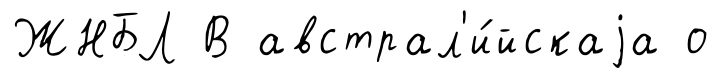
ЖНБЛ В австрал'и́йскаjа о